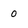
Character: 0